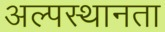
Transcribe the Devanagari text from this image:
अल्पस्थानता